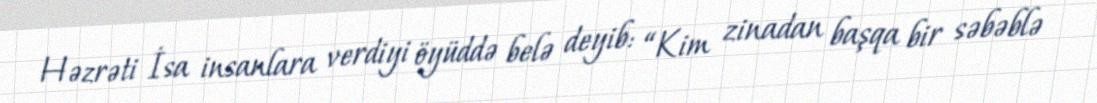
Həzrəti İsa insanlara verdiyi öyüddə belə deyib: “Kim zinadan başqa bir səbəblə